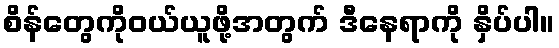
စိန်တွေကိုဝယ်ယူဖို့အတွက် ဒီနေရာကို နှိပ်ပါ။